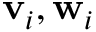
\mathbf { v } _ { i } , \mathbf { w } _ { i }